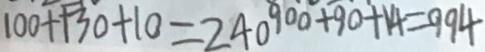
1 0 0 + 1 3 0 + 1 0 = 2 4 0 9 0 0 + 9 0 + 1 4 = 9 9 4